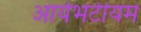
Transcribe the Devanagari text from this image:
आर्यभटीयम